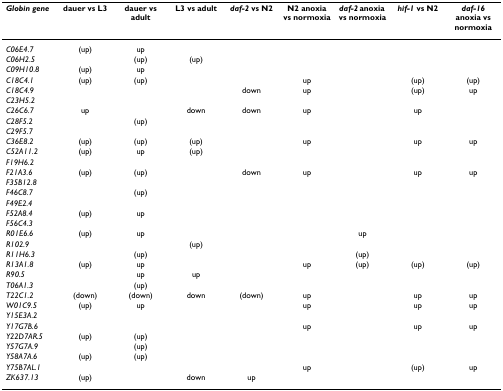
<table><thead><tr><td><b><i>Globin gene</i></b></td><td><b>dauer vs L3</b></td><td><b>dauer vs adult</b></td><td><b>L3 vs adult</b></td><td><b><i>daf-2 </i>vs N2</b></td><td><b>N2 anoxia vs normoxia</b></td><td><b><i>daf-2 </i>anoxia vs normoxia</b></td><td><b><i>hif-1 </i>vs N2</b></td><td><b><i>daf-16 </i>anoxia vs normoxia</b></td></tr></thead><tbody><tr><td><i>C06E4.7</i></td><td>(up)</td><td>up</td><td></td><td></td><td></td><td></td><td></td><td></td></tr><tr><td><i>C06H2.5</i></td><td></td><td>(up)</td><td>(up)</td><td></td><td></td><td></td><td></td><td></td></tr><tr><td><i>C09H10.8</i></td><td>(up)</td><td>up</td><td></td><td></td><td></td><td></td><td></td><td></td></tr><tr><td><i>C18C4.1</i></td><td>(up)</td><td>(up)</td><td></td><td></td><td>up</td><td></td><td>(up)</td><td>(up)</td></tr><tr><td><i>C18C4.9</i></td><td></td><td></td><td></td><td>down</td><td>up</td><td></td><td>(up)</td><td>up</td></tr><tr><td><i>C23H5.2</i></td><td></td><td></td><td></td><td></td><td></td><td></td><td></td><td></td></tr><tr><td><i>C26C6.7</i></td><td>up</td><td></td><td>down</td><td>down</td><td>up</td><td></td><td>up</td><td></td></tr><tr><td><i>C28F5.2</i></td><td></td><td>(up)</td><td></td><td></td><td></td><td></td><td></td><td></td></tr><tr><td><i>C29F5.7</i></td><td></td><td></td><td></td><td></td><td></td><td></td><td></td><td></td></tr><tr><td><i>C36E8.2</i></td><td>(up)</td><td>(up)</td><td>(up)</td><td></td><td>up</td><td></td><td>up</td><td>up</td></tr><tr><td><i>C52A11.2</i></td><td>(up)</td><td>up</td><td>(up)</td><td></td><td></td><td></td><td></td><td></td></tr><tr><td><i>F19H6.2</i></td><td></td><td></td><td></td><td></td><td></td><td></td><td></td><td></td></tr><tr><td><i>F21A3.6</i></td><td>(up)</td><td>(up)</td><td></td><td>down</td><td>up</td><td></td><td>up</td><td>up</td></tr><tr><td><i>F35B12.8</i></td><td></td><td></td><td></td><td></td><td></td><td></td><td></td><td></td></tr><tr><td><i>F46C8.7</i></td><td></td><td>(up)</td><td></td><td></td><td></td><td></td><td></td><td></td></tr><tr><td><i>F49E2.4</i></td><td></td><td></td><td></td><td></td><td></td><td></td><td></td><td></td></tr><tr><td><i>F52A8.4</i></td><td>(up)</td><td>up</td><td></td><td></td><td></td><td></td><td></td><td></td></tr><tr><td><i>F56C4.3</i></td><td></td><td></td><td></td><td></td><td></td><td></td><td></td><td></td></tr><tr><td><i>R01E6.6</i></td><td>(up)</td><td>up</td><td></td><td></td><td></td><td>up</td><td></td><td></td></tr><tr><td><i>R102.9</i></td><td></td><td></td><td>(up)</td><td></td><td></td><td></td><td></td><td></td></tr><tr><td><i>R11H6.3</i></td><td></td><td>(up)</td><td></td><td></td><td></td><td>(up)</td><td></td><td></td></tr><tr><td><i>R13A1.8</i></td><td>(up)</td><td>up</td><td></td><td></td><td>up</td><td>(up)</td><td>(up)</td><td>(up)</td></tr><tr><td><i>R90.5</i></td><td></td><td>up</td><td>up</td><td></td><td></td><td></td><td></td><td></td></tr><tr><td><i>T06A1.3</i></td><td></td><td>(up)</td><td></td><td></td><td></td><td></td><td></td><td></td></tr><tr><td><i>T22C1.2</i></td><td>(down)</td><td>(down)</td><td>down</td><td>(down)</td><td>up</td><td></td><td>up</td><td>up</td></tr><tr><td><i>W01C9.5</i></td><td>(up)</td><td>up</td><td></td><td></td><td>up</td><td></td><td>up</td><td>up</td></tr><tr><td><i>Y15E3A.2</i></td><td></td><td></td><td></td><td></td><td></td><td></td><td></td><td></td></tr><tr><td><i>Y17G7B.6</i></td><td></td><td></td><td></td><td></td><td>up</td><td></td><td>up</td><td>up</td></tr><tr><td><i>Y22D7AR.5</i></td><td>(up)</td><td>(up)</td><td></td><td></td><td></td><td></td><td></td><td></td></tr><tr><td><i>Y57G7A.9</i></td><td></td><td>(up)</td><td></td><td></td><td></td><td></td><td></td><td></td></tr><tr><td><i>Y58A7A.6</i></td><td>(up)</td><td>(up)</td><td></td><td></td><td></td><td></td><td></td><td></td></tr><tr><td><i>Y75B7AL.1</i></td><td></td><td></td><td></td><td></td><td>up</td><td></td><td>(up)</td><td>up</td></tr><tr><td><i>ZK637.13</i></td><td>(up)</td><td></td><td>down</td><td>up</td><td></td><td></td><td></td><td></td></tr></tbody></table>